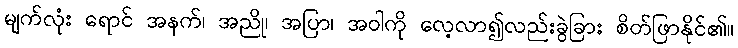
မျက်လုံး ရောင် အနက်၊ အညို၊ အပြာ၊ အဝါကို လေ့လာ၍လည်းခွဲခြား စိတ်ဖြာနိုင်၏။